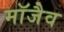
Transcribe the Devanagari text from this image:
माॅजैव